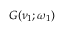
G ( \nu _ { 1 } ; \omega _ { 1 } )